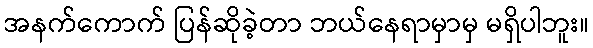
အနက်ကောက် ပြန်ဆိုခဲ့တာ ဘယ်နေရာမှာမှ မရှိပါဘူး။